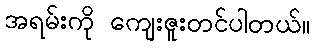
အရမ်းကို ကျေးဇူးတင်ပါတယ်။